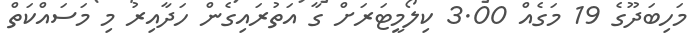
މަހިބަދޫގެ 19 މަގެއް 3.00 ކިލޯމީޓަރަށް ގާ އަތުރައިގެން ހަދާއިރު މި މަސައްކަތް